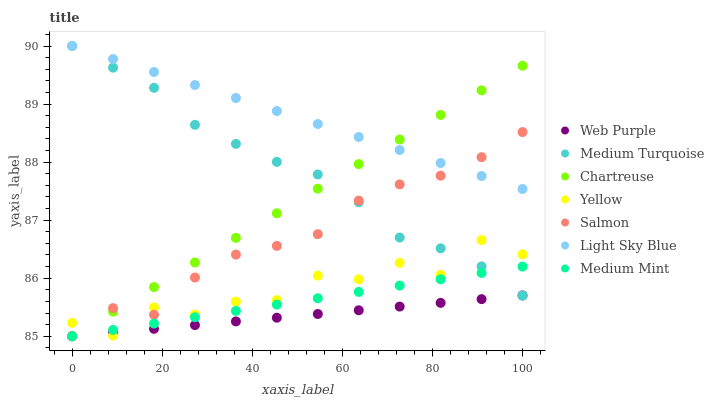
| xaxis_label | Web Purple | Medium Turquoise | Chartreuse | Yellow | Salmon | Light Sky Blue | Medium Mint |
 | --- | --- | --- | --- | --- | --- | --- | --- |
 | 0 | 85 | 90 | 85 | 85.2 | 85 | 90 | 85 |
 | 9.09 | 85.1 | 89.6 | 85.4 | 85 | 85.5 | 89.8 | 85.1 |
 | 18.2 | 85.1 | 89.3 | 85.8 | 85.5 | 85.4 | 89.6 | 85.2 |
 | 27.3 | 85.2 | 88.6 | 86.3 | 85.4 | 86 | 89.3 | 85.3 |
 | 36.4 | 85.3 | 88.3 | 86.7 | 85.6 | 86.4 | 89.1 | 85.4 |
 | 45.5 | 85.3 | 88 | 87.1 | 85.6 | 86.6 | 88.9 | 85.5 |
 | 54.5 | 85.4 | 87.8 | 87.5 | 86 | 86.8 | 88.7 | 85.7 |
 | 63.6 | 85.4 | 87.3 | 88 | 86 | 87.3 | 88.4 | 85.8 |
 | 72.7 | 85.5 | 86.7 | 88.4 | 86.3 | 87.6 | 88.2 | 85.9 |
 | 81.8 | 85.6 | 86.5 | 88.8 | 86.1 | 87.8 | 88 | 86 |
 | 90.9 | 85.6 | 86.2 | 89.2 | 86.7 | 88.1 | 87.8 | 86.1 |
 | 100 | 85.7 | 85.7 | 89.7 | 86.4 | 88.5 | 87.5 | 86.2 |